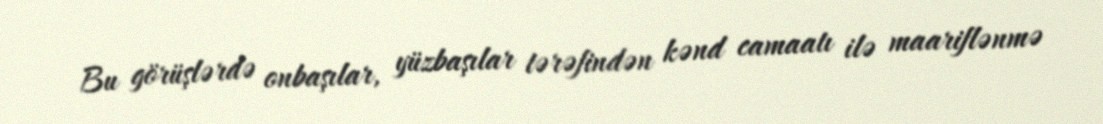
Bu görüşlərdə onbaşılar, yüzbaşılar tərəfindən kənd camaatı ilə maariflənmə